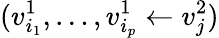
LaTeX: (v_{i_{1}}^{1},\ldots,v_{i_{p}}^{1}\leftarrow v_{j}^{2})